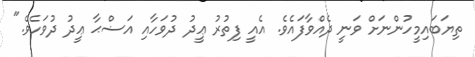
ތިޔަބައިމީހުންނަށް ވަނީ ދެއްވާފައެވެ. އެއީ ފިތުރު ޢީދު ދުވަހާއި އަޟްޙާ ޢީދު ދުވަހެވެ."